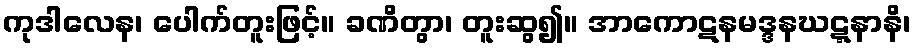
ကုဒါလေန၊ ပေါက်တူးဖြင့်။ ခဏိတွာ၊ တူးဆွ၍။ အာကောဋနမဒ္ဒနဃဋ္ဋနာနိ၊